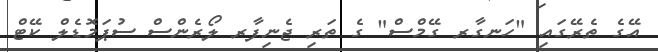
އޭގެ ތެރޭގައި "ހަނގާރ ގޭމްސް" ގެ ތަރި ޖެނިފާރ ލޯރެންސް ސުޕަމޮޑެލް ކޭޓް